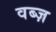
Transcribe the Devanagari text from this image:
वब्ज़